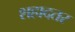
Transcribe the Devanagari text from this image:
शहादतर